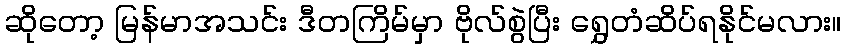
ဆိုတော့ မြန်မာအသင်း ဒီတကြိမ်မှာ ဗိုလ်စွဲပြီး ရွှေတံဆိပ်ရနိုင်မလား။